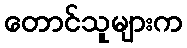
တောင်သူများက